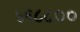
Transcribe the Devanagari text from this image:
५६८८००